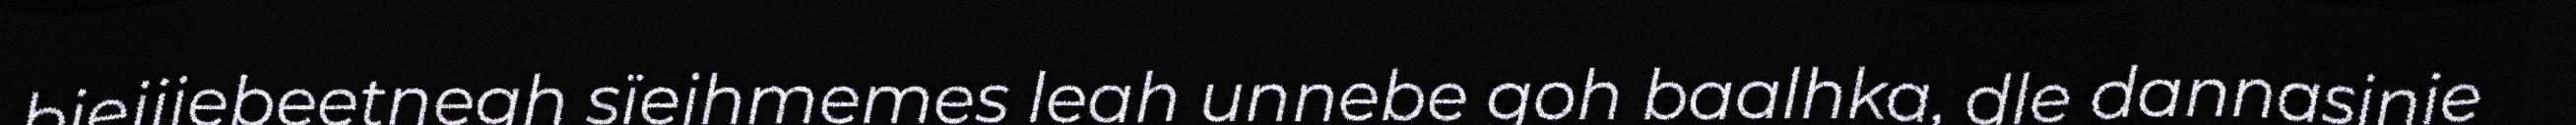
biejjiebeetnegh sïejhmemes leah unnebe goh baalhka, dle dannasinie